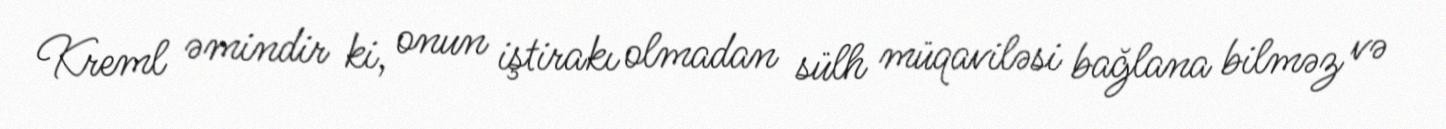
Kreml əmindir ki, onun iştirakı olmadan sülh müqaviləsi bağlana bilməz və